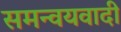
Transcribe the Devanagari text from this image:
समन्‍वयवादी